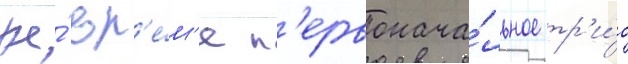
же́ вр'е́м'я п'ервонача́льное тр'и́о